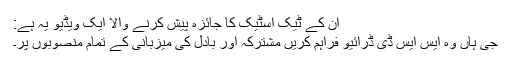
ان کے ٹیک اسٹیک کا جائزہ پیش کرنے والا ایک ویڈیو یہ ہے:
جی ہاں وہ ایس ایس ڈی ڈرائیو فراہم کریں مشترکہ اور بادل کی میزبانی کے تمام منصوبوں پر۔